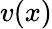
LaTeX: v(x)